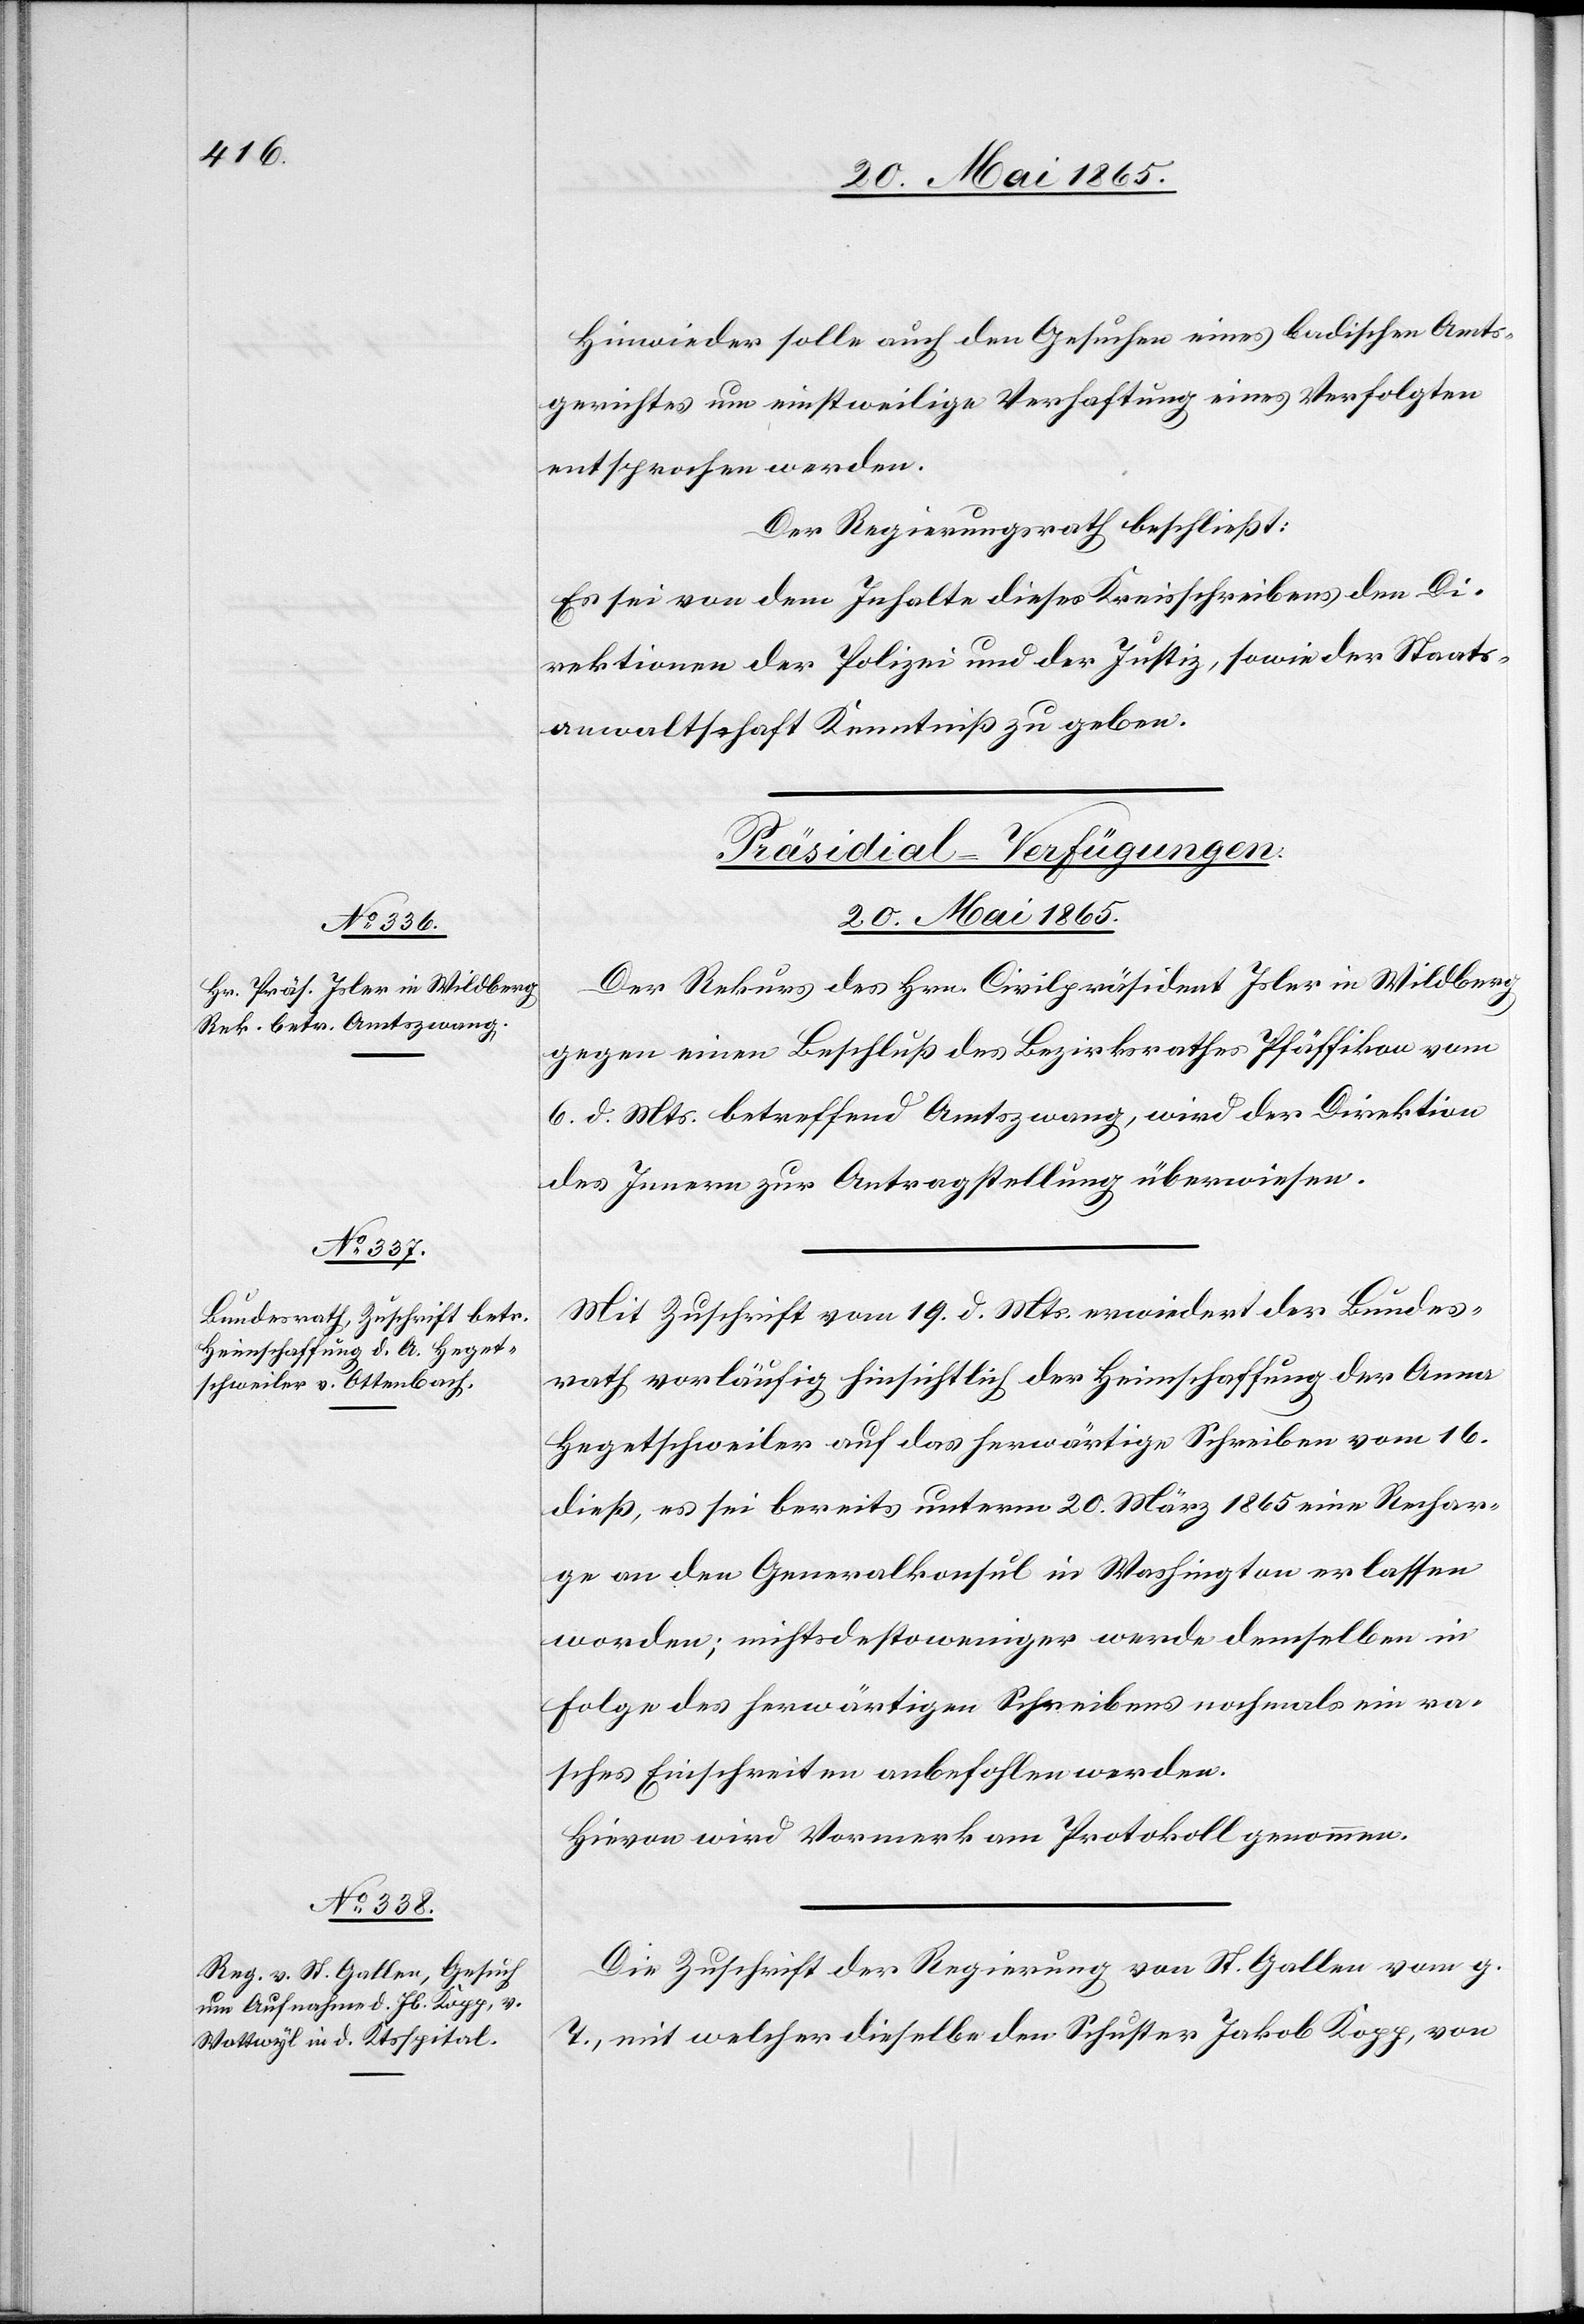
20. Mai 1865.]
Hinwieder solle auch den Gesuchen eines badischen Amts¬
gerichtes um einstweilige Verhaftung eines Verfolgten
entsprochen werden.
Der Regierungsrath beschließt:
Es sei von dem Inhalte dieses Kreisschreibens den Di¬
rektionen der Polizei und der Justiz, sowie der Staats¬
anwaltschaft Kenntniß zu geben.
[Präsidial-Verfügungen.
Der Rekurs des Hrn. Civilpräsident Isler in Wildberg
gegen einen Beschluß des Bezirksrathes Pfäffikon vom
6. d. Mts. betreffend Amtszwang, wird der Direktion
des Innern zur Antragstellung überwiesen.
Mit Zuschrift vom 19. d. Mts. erwiedert der Bundes¬
rath vorläufig hinsichtlich der Heimschaffung der Anna
Hegetschweiler auf das herwärtige Schreiben vom 16.
dieß, es sei bereits unterm 20. März 1865 eine Rechar¬
ge an den Generalkonsul in Washington erlassen
worden; nichtsdestoweniger werde demselben in
Folge des herwärtigen Schreibens nochmals ein ra¬
sches Einschreiten anbefohlen werden.
Hievon wird Vormerk am Protokoll genommen.
Die Zuschrift der Regierung von St. Gallen vom g.
T., mit welcher dieselbe den Schuster Jakob Kopp, von